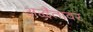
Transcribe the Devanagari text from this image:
अद्वैतावर